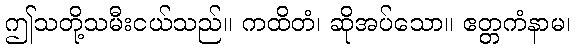
ဤသတို့သမီးငယ်သည်။ ကထိတံ၊ ဆိုအပ်သော။ ဧတ္တကံနာမ၊